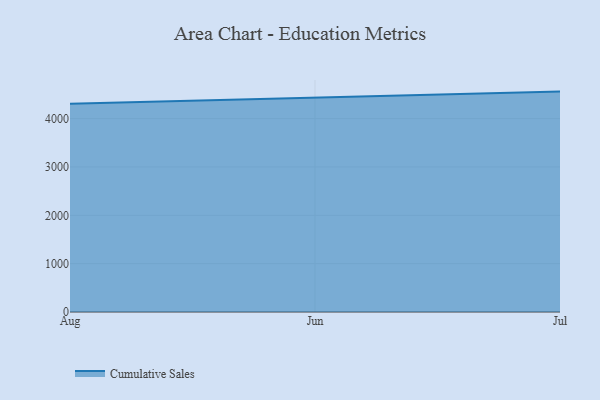
{"axis": {"x": "Month", "y": "Net Income (USD K)"}, "legend": ["Cumulative Sales"], "data": [{"x": "Aug", "y": 4304.7, "type": "Cumulative Sales"}, {"x": "Jun", "y": 4434.9, "type": "Cumulative Sales"}, {"x": "Jul", "y": 4558.4, "type": "Cumulative Sales"}]}